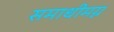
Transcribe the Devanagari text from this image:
समाधीमग्न